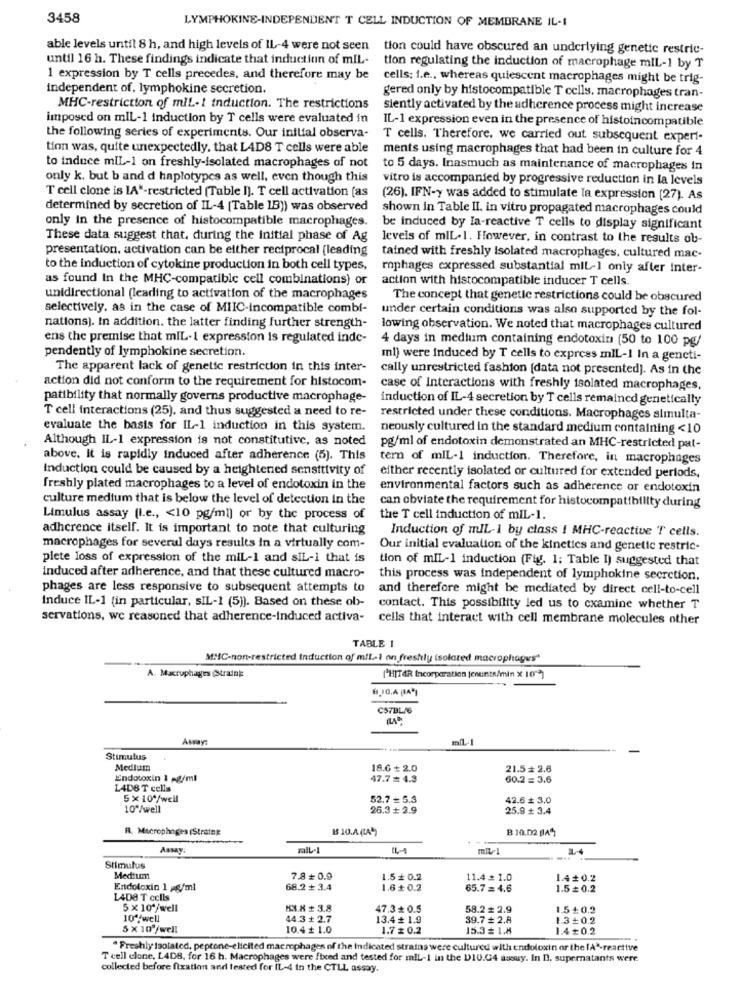
3458
LYMPHOKINE-INDEPENDENT T CELL INDUCTION OF MEMBRANE IL-I
able levels until 8 h, and high levels of IL-4 were not seen tion could have obscured an underlying genetic restric-
until 16 h. These findings indicate that induction of mIL- tion regulating the induction of macrophage miL-1 by T
1 expression by T cells precedes, and therefore may be
cells: i.e ., whereas quiescent macrophages might be trig-
independent of, lymphokine secretion.
gered only by histocompatible T cells, macrophages tran-
MHC-restriction of miL-1 induction. The restrictions
siently activated by the adherence process might increase
imposed on miL-1 induction by T cells were evaluated in
IL-1 expression even in the presence of histoincompatible
the following series of experiments. Our initial observa-
T cells. Therefore, we carried out subsequent expert-
tion was, quite unexpectedly, that LAD8 T cells were able
ments using macrophages that had been in culture for 4
to induce miL-1 on freshly-isolated macrophages of not
to 5 days. Inasmuch as maintenance of macrophages in
only k. but b and d haplotypes as well, even though this
vitro is accompanied by progressive reduction in la levels
T cell clone is LA"-restricted (Table I). T cell activation [as
(26). IFN-y was added to stimulate la expression (27). As
determined by secretion of IL-4 [Table 15)) was observed
shown in Table II. in vitro propagated macrophages could
only in the presence of histocompatible macrophages.
be induced by Ia-reactive T cells to display significant
These data suggest that, during the Initial phase of Ag
levels of mIL. 1. However, in contrast to the results ob-
presentation. activation can be either reciprocal [leading
tained with freshly isolated macrophages, cultured mac-
to the induction of cytokine production in both cell types,
mphages expressed substantial mlL-1 only after inter-
as found In the MHC-compatible cell combinations) or
action with histocompatible inducer T cells.
unidirectional (leading to activation of the macrophages
The concept that genetic restrictions could be obscured
selectively. as in the case of MIIC-incompatible combi-
under certain conditions was also supported by the fol-
nations). In addition. the latter finding further strength-
lowing observation. We noted that macrophages cultured
ens the premise that miL-1 expression is regulated indc-
4 days in medium containing endotoxin (50 to 100 pg/
pendently of lymphokine secretion.
ml) were induced by T cells to express mIL-1 In a geneti-
The apparent lack of genetic restriction in this inter-
cally unrestricted fashion [data not presented). As in the
action did not conform to the requirement for histocom-
case of Interactions with freshly isolated macrophages,
patibility that normally governs productive macrophage-
induction of IL-4 secretion by T cells remained genetically
T cell interactions (25), and thus suggested a need to re-
restricted under these conditions. Macrophages simulta-
evaluate the basis for IL-1 induction in this system.
neously cultured in the standard medium containing <10
Although IL-1 expression is not constitutive, as noted
pg/ml of endotoxin demonstrated an MHC-restricted pat-
above. It is rapidly induced after adherence (5). This
tern of miL-1 induction. Therefore, in macrophages
Induction could be caused by a heightened sensitivity of
either recently isolated or cultured for extended periods,
freshly plated macrophages to a level of endotoxin in the
environmental factors such as adherence or endotoxin
culture medium that is below the level of detection In the
can obviate the requirement for histocompatibility during
Limulus assay (i.e ., < 10 pg/ml) or by the process of
the T cell induction of miL-1.
adherence itself. It is important to note that culturing
Induction of mIL-1 by class ! MHC-reactive T cells.
macrophages for several days results in a virtually com-
Our initial evaluation of the kinetics and genetic restric-
plete loss of expression of the mil-1 and sIL-1 that is
tion of miL-1 induction (Fig. 1; Table I) suggested that
induced after adherence, and that these cultured macro-
this process was independent of lymphokine secretion.
phages are less responsive to subsequent attempts to
and therefore might be mediated by direct cell-to-cell
Induce IL-1 (in particular, SIL-1 (5)). Based on these ob-
contact. This possibility led us to examine whether T
servations, we reasoned that adherence-Induced activa-
cells that interact with cell membrane molecules other
TABLE 1
MMC-non-restricted induction of mil-1 on freshly isolated macrophages"
A. Macrophages (Straini:
PHITAR Incorporation jenunte/min X 10 )
CS7BL/6
Asmay:
mil-1
Stimulus
Medium
18.0 + 2.0
21.5+ 2.6
Endotoxin 1 AUml
47.7 = 4.3
60.2 = 3.6
L4DB T cells
5× 10*/well
52.7 = 5.3
42.6 + 3.0
10º/well
26.3 + 2.9
25.9 + 3.4
R. Macrophages IStraing
B 10.02 (A)
Assay:
mIL-1
IL-4
Stimulus
Medium
7.8+0.9
1.5 + 0.2
11.4 = 1.0
1.4#0.2
Endotoxin 1 6/ml
68.2 + 3.4
1.6+ 0.2
65.7 = 4.6
1.5 = 0.2
1408 T cells
5 x 10 /well
HI.X+ 3.8
47.3 + 0.5
58.2 # 2.9
1.5+0.2
10 /well
44.3 + 2.7
13.4 + 1.9
39.7 # 2.8
1.3+0.2
5x 109/well
10.4 ₺ 1.0
1.7 # 0.2
15.3 = 1.8
1.40.2
" Freshly isolated, peptone-elicited macrophages of the indicated strains were cultured with endotoxin or the IA"-reactive
T cell clone, L4D8, for 16 h. Macrophages were fixed and tested for mlL-I in the D10.04 aswy. In D. supernatants were
collected before fixation and tested for IL-4 in the CTLL assay.